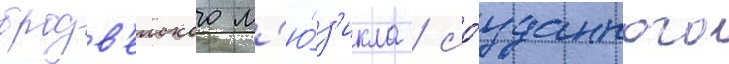
бродв'еиского м'ю́з'икла / со́зданного